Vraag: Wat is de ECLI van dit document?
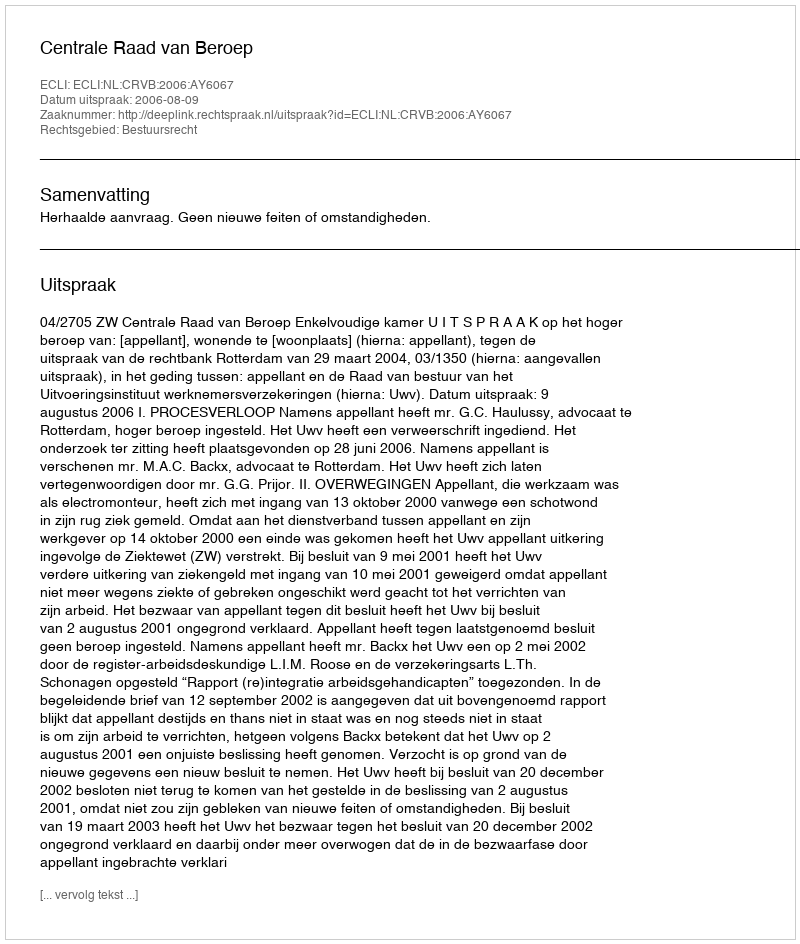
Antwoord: ECLI:NL:CRVB:2006:AY6067